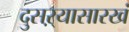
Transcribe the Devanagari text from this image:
दुसऱ्यासारखं